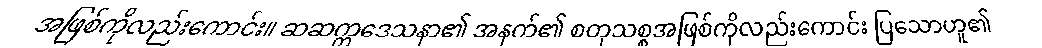
အဖြစ်ကိုလည်းကောင်း။ ဆဆက္ကဒေသနာ၏ အနက်၏ စတုသစ္စအဖြစ်ကိုလည်းကောင်း ပြသောဟူ၏